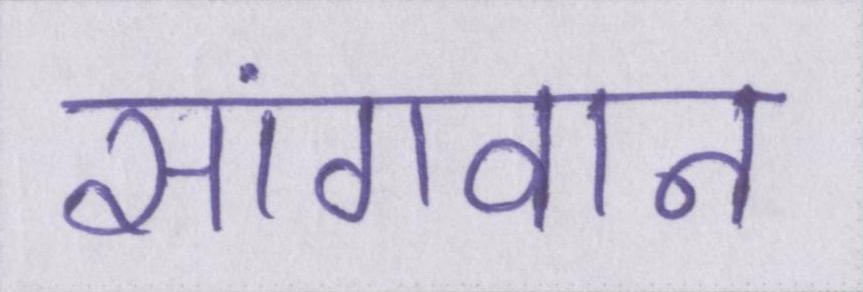
सांगवान